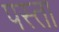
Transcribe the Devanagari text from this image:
पस्ता